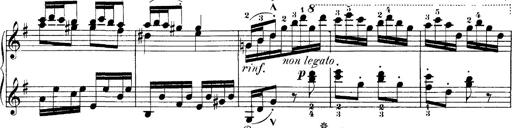
Title: Hungarian Rhapsody No.7
Composer: Franz Liszt
Key: D minor